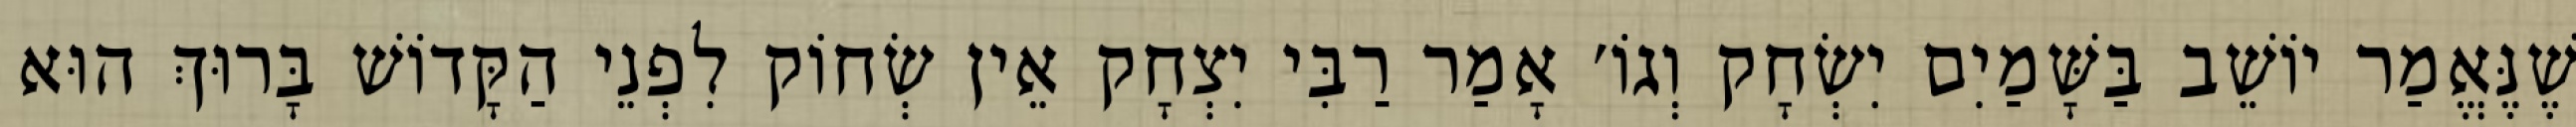
שֶׁנֶּאֱמַר יוֹשֵׁב בַּשָּׁמַיִם יִשְׂחָק וְגוֹ׳ אָמַר רַבִּי יִצְחָק אֵין שְׂחוֹק לִפְנֵי הַקָּדוֹשׁ בָּרוּךְ הוּא